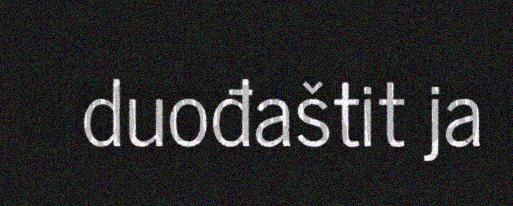
duođaštit ja